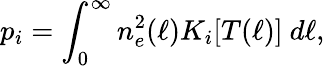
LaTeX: p_{i}=\int_{0}^{\infty}n_{e}^{2}(\ell)K_{i}[T(\ell)]\ d\ell,